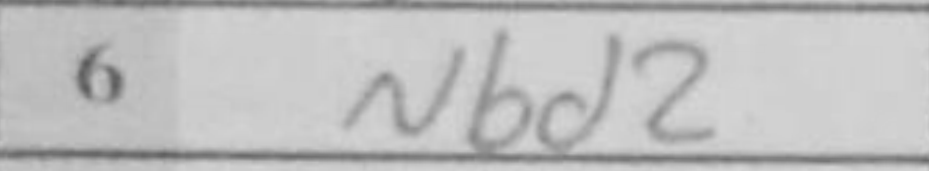
Transcription: Nbd2